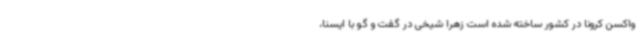
واکسن کرونا در کشور ساخته شده است زهرا شیخی در گفت و گو با ایسنا،